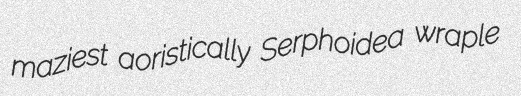
maziest aoristically Serphoidea wraple